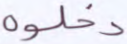
دخلوه